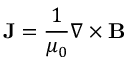
\mathbf { J } = \frac { 1 } { \mu _ { 0 } } \nabla \times { \mathbf { B } }